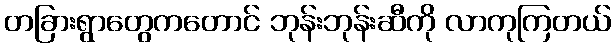
တခြားရွာတွေကတောင် ဘုန်းဘုန်းဆီကို လာကုကြတယ်